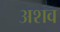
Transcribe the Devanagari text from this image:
अशव